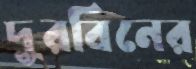
দুরবিনের